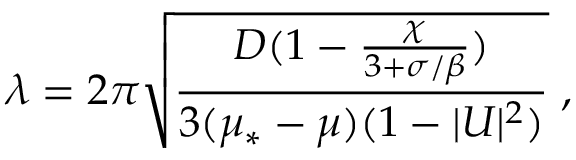
\lambda = 2 \pi \sqrt { \frac { D ( 1 - \frac { \chi } { 3 + \sigma / \beta } ) } { 3 ( \mu _ { * } - \mu ) ( 1 - | U | ^ { 2 } ) } } \; ,